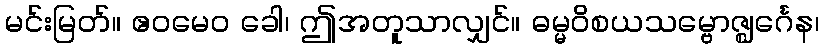
မင်းမြတ်။ ဧဝမေဝ ခေါ၊ ဤအတူသာလျှင်။ ဓမ္မဝိစယသမ္ဗောဇ္ဈင်္ဂေန၊